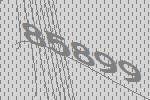
85899